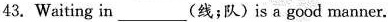
43. Waiting in___(线;队) is a good manner.